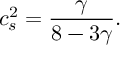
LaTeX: c _ { s } ^ { 2 } = \frac { \gamma } { 8 - 3 \gamma } .